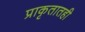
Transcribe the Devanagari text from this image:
प्राकृतातही